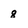
Character: 8